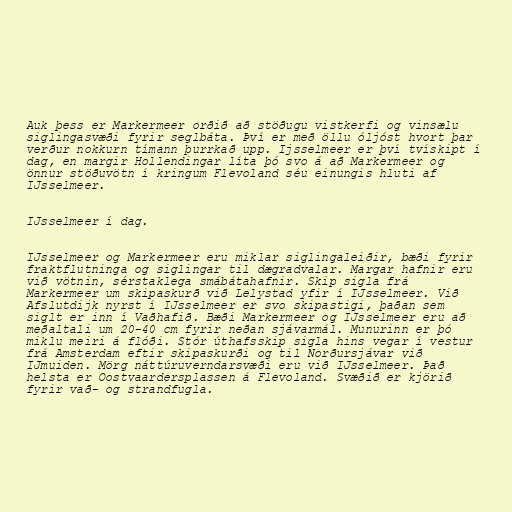
Auk þess er Markermeer orðið að stöðugu vistkerfi og vinsælu
siglingasvæði fyrir seglbáta. Því er með öllu óljóst hvort þar
verður nokkurn tímann þurrkað upp. Ijsselmeer er því tvískipt í
dag, en margir Hollendingar líta þó svo á að Markermeer og
önnur stöðuvötn í kringum Flevoland séu einungis hluti af
IJsselmeer.

IJsselmeer í dag.

IJsselmeer og Markermeer eru miklar siglingaleiðir, bæði fyrir
fraktflutninga og siglingar til dægradvalar. Margar hafnir eru
við vötnin, sérstaklega smábátahafnir. Skip sigla frá
Markermeer um skipaskurð við Lelystad yfir í IJsselmeer. Við
Afslutdijk nyrst í IJsselmeer er svo skipastigi, þaðan sem
siglt er inn í Vaðhafið. Bæði Markermeer og IJsselmeer eru að
meðaltali um 20-40 cm fyrir neðan sjávarmál. Munurinn er þó
miklu meiri á flóði. Stór úthafsskip sigla hins vegar í vestur
frá Amsterdam eftir skipaskurði og til Norðursjávar við
IJmuiden. Mörg náttúruverndarsvæði eru við IJsselmeer. Það
helsta er Oostvaardersplassen á Flevoland. Svæðið er kjörið
fyrir vað- og strandfugla.